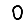
Digit: 0